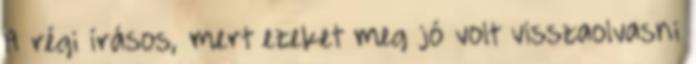
A régi írásos, mert ezeket meg jó volt visszaolvasni